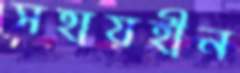
সহায়হীন